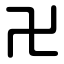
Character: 卍